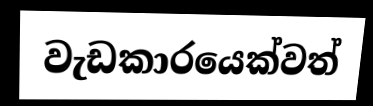
වැඩකාරයෙක්වත්